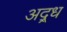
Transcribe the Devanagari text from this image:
अद्र्ध